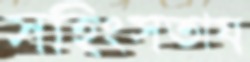
সহিংসতায়